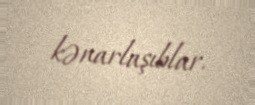
kənarlaşıblar.